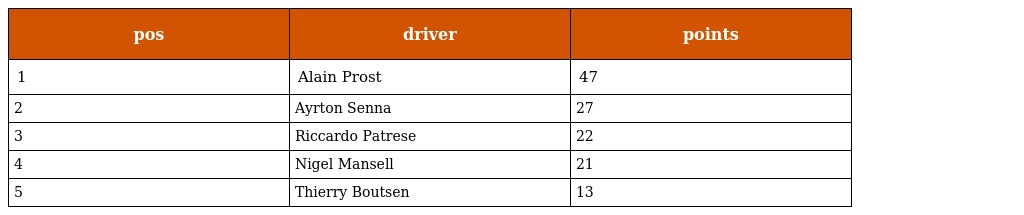
| pos | driver | points |
 | --- | --- | --- |
 | 1 | Alain Prost | 47 |
 | 2 | Ayrton Senna | 27 |
 | 3 | Riccardo Patrese | 22 |
 | 4 | Nigel Mansell | 21 |
 | 5 | Thierry Boutsen | 13 |